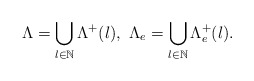
\begin{align*} \Lambda=\bigcup_{l\in\mathbb N}\Lambda^+(l), \ \Lambda_e=\bigcup_{l\in\mathbb N}\Lambda^+_e(l).\end{align*}